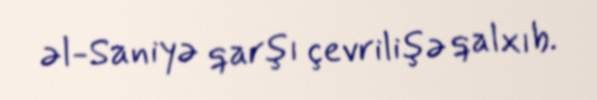
əl-Saniyə qarşı çevrilişə qalxıb.